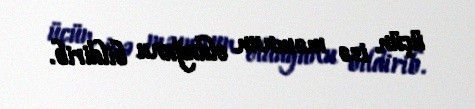
üçün isə məmnun olduğunu bildirib.